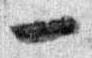
一